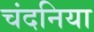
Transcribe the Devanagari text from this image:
चंदनिया